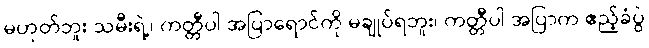
မဟုတ်ဘူး သမီးရဲ့၊ ကတ္တီပါ အပြာရောင်ကို မချုပ်ရဘူး၊ ကတ္တီပါ အပြာက ဧည့်ခံပွဲ